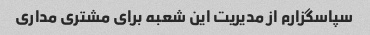
سپاسگزارم از مدیریت این شعبه برای مشتری مداری